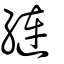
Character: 縺